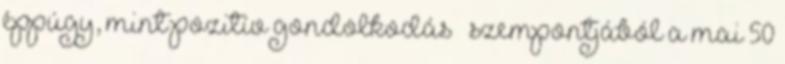
éppúgy, mint pozitív gondolkodás – szempontjából a mai 50